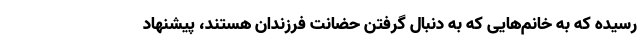
رسیده که به خانم‌هایی که به دنبال گرفتن حضانت فرزندان هستند، پیشنهاد